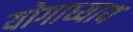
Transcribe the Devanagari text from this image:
योगाध्याय